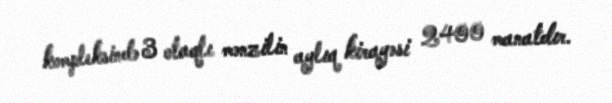
kompleksində 3 otaqlı mənzilin aylıq kirayəsi 2400 manatdır.